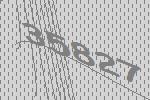
35827